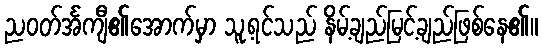
ညဝတ်င်္အကျီ၏အောက်မှာ သူ့ရင်သည် နိမ့်ချည်မြင့်ချည်ဖြစ်နေ၏။